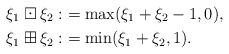
LaTeX: \begin{align*} \xi_1\boxdot \xi_2:&=\max(\xi_1+\xi_2 - 1,0),\\ \xi_1\boxplus \xi_2:&=\min(\xi_1+\xi_2,1). \end{align*}